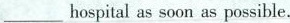
___hospital as soon as possible.